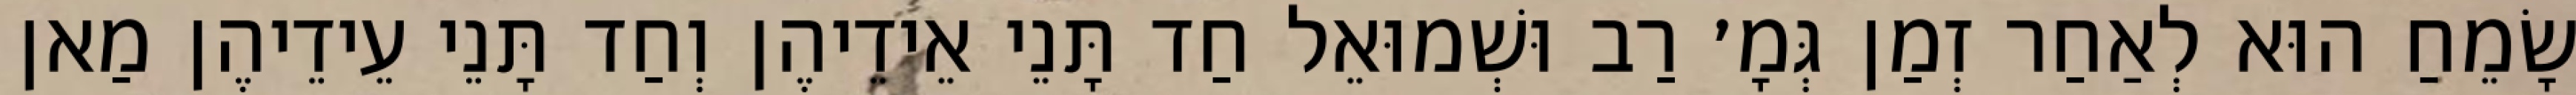
שָׂמֵחַ הוּא לְאַחַר זְמַן גְּמָ׳ רַב וּשְׁמוּאֵל חַד תָּנֵי אֵידֵיהֶן וְחַד תָּנֵי עֵידֵיהֶן מַאן